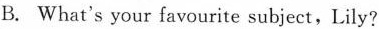
B. What's your favourite subject, Lily?